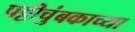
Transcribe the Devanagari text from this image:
पट्टीचुंबकाच्या